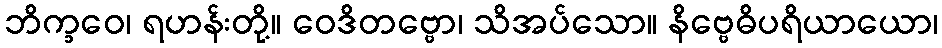
ဘိက္ခဝေ၊ ရဟန်းတို့။ ဝေဒိတဗ္ဗော၊ သိအပ်သော။ နိဗ္ဗေဓိပရိယာယော၊